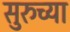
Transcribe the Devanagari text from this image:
सुरुच्या